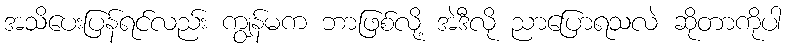
အသိပေးပြန်ရင်လည်း ကျွန်မက ဘာဖြစ်လို့ အဲဒီလို ညာပြောရသလဲ ဆိုတာကိုပါ